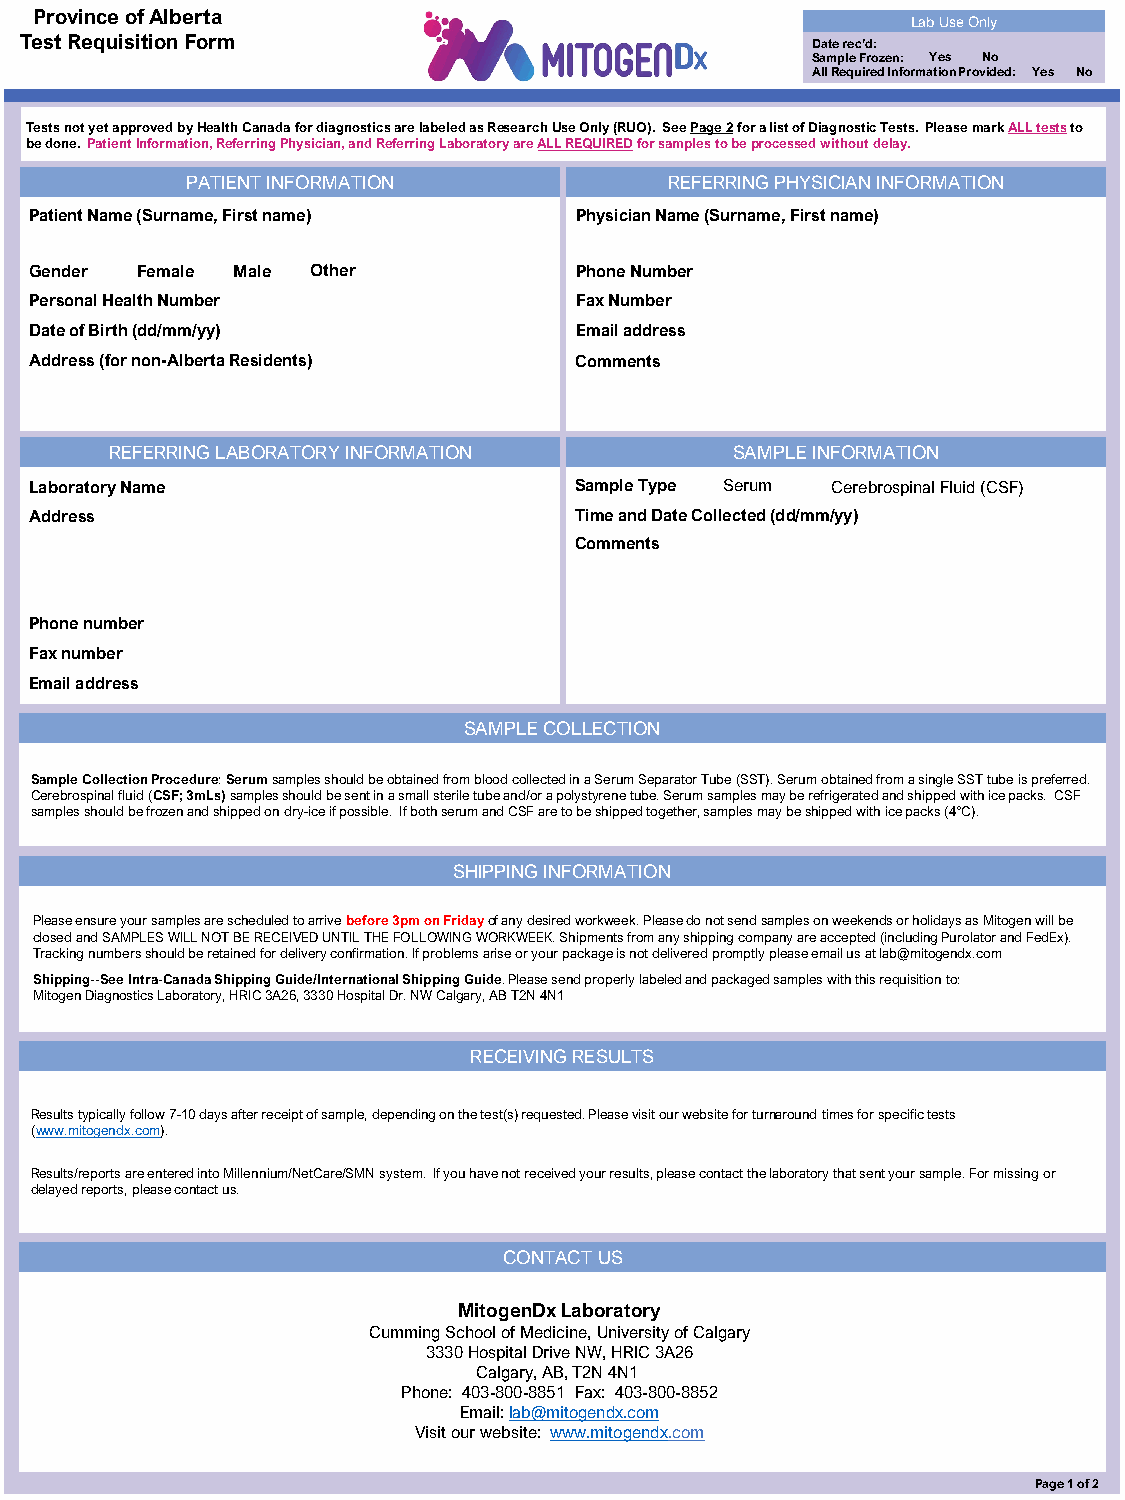
Province of Alberta
 Lab Use Only
 Test Requisition Form                                Date rec’d:
 Sample Frozen: Yes No
 All Required Information Provided: Yes No
 Tests not yet approved by Health Canada for diagnostics are labeled as Research Use Only (RUO). See Page 2 for a list of Diagnostic Tests. Please mark ALL tests to
 be done. Patient Information, Referring Physician, and Referring Laboratory are ALL REQUIRED for samples to be processed without delay.
 PATIENT INFORMATION             REFERRING PHYSICIAN INFORMATION
 Patient Name (Surname, First name)  Physician Name (Surname, First name)
 Gender Female Male Other            Phone Number
 Personal Health Number              Fax Number
 Date of Birth (dd/mm/yy)            Email address
 Address (for non-Alberta Residents) Comments
 REFERRING LABORATORY INFORMATION          SAMPLE INFORMATION
 Laboratory Name                     Sample Type Serum Cerebrospinal Fluid (CSF)
 Address                             Time and Date Collected (dd/mm/yy)
 Comments
 Phone number
 Fax number
 Email address
 SAMPLE COLLECTION
 Sample Collection Procedure: Serumsamples should be obtained from blood collected in a Serum Separator Tube (SST). Serum obtained from a single SST tube is preferred.
 Cerebrospinal fluid (CSF; 3mLs)samples should be sent in a small sterile tube and/or a polystyrene tube. Serum samples may be refrigerated and shipped with ice packs. CSF
 samples should be frozen and shipped on dry-ice if possible. If both serum and CSF are to be shipped together, samples may be shipped with ice packs (4°C).
 SHIPPING INFORMATION
 Please ensure your samples are scheduled to arrive before3pm on Friday of any desired workweek. Please do not send samples on weekends or holidays as Mitogen will be
 closed and SAMPLES WILL NOT BE RECEIVED UNTIL THE FOLLOWING WORKWEEK. Shipments from any shipping company are accepted (including Purolator and FedEx).
 Tracking numbers should be retained for delivery confirmation. If problems arise or your package is not delivered promptly please email us at lab@mitogendx.com
 Shipping--See Intra-Canada Shipping Guide/International Shipping Guide. Please send properly labeled and packaged samples with this requisition to:
 Mitogen Diagnostics Laboratory, HRIC 3A26, 3330 Hospital Dr. NW Calgary, AB T2N 4N1
 RECEIVING RESULTS
 Results typically follow 7-10 days after receipt of sample, depending on the test(s) requested. Please visit our website for turnaround times for specific tests
 (www.mitogendx.com).
 Results/reports are entered into Millennium/NetCare/SMN system. If you have not received your results, please contact the laboratory that sent your sample. For missing or
 delayed reports, please contact us.
 CONTACT US
 MitogenDxLaboratory
 Cumming School of Medicine, University of Calgary
 3330 Hospital Drive NW, HRIC 3A26
 Calgary, AB, T2N 4N1
 Phone: 403-800-8851 Fax: 403-800-8852
 Email: lab@mitogendx.com
 Visit our website: www.mitogendx.com
 Page 1 of 2